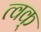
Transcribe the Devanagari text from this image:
त्वक्‌